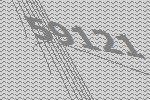
59121